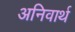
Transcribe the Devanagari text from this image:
अनिवार्थ